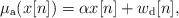
LaTeX: \begin{align*}\mu_{\rm a}(x[n])= \alpha x[n] + w_{\rm d}[n],\end{align*}